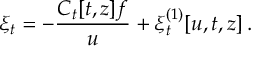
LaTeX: \xi _ { t } = - { \frac { C _ { t } [ t , z ] f } { u } } + \xi _ { t } ^ { ( 1 ) } [ u , t , z ] \, .